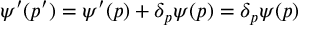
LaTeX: \psi ^ { \prime } ( p ^ { \prime } ) = \psi ^ { \prime } ( p ) + \delta _ { p } \psi ( p ) = \delta _ { p } \psi ( p )